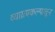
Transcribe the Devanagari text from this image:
व्याघ्रप्रकल्पातून